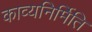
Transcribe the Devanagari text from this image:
काव्यनिर्मिति